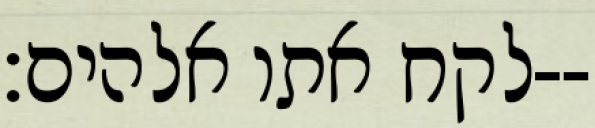
לקח אתו אלהים׃--